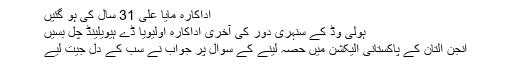
اداکارہ مایا علی 31 سال کی ہو گئیں
ہولی وڈ کے سنہری دور کی آخری اداکارہ اولیویا ڈے ہیویلینڈ چل بسیں
انجن التان کے پاکستانی الیکشن میں حصہ لینے کے سوال پر جواب نے سب کے دل جیت لیے